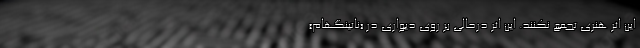
این اثر هنری تجمع نکنند. این اثر درحالی بر روی دیواری در «ناتینگهام»